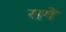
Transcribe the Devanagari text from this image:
रागे